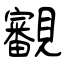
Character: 覾